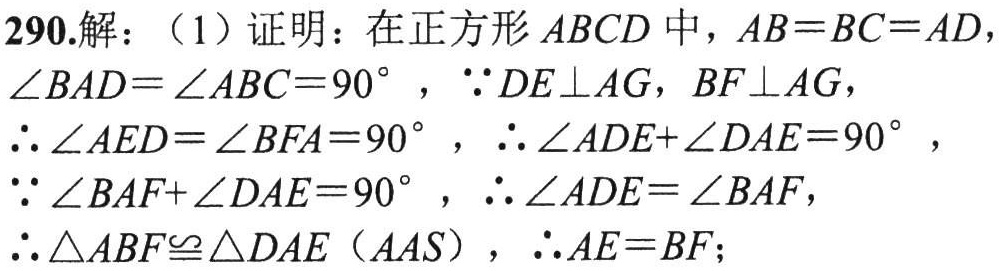
290.解：（1）证明：在正方形 \(ABCD\) 中，\(AB = BC = AD\)，\(\angle BAD=\angle ABC = 90^{\circ}\)，\(\because DE\perp AG\)，\(BF\perp AG\)，\(\therefore\angle AED=\angle BFA = 90^{\circ}\)，\(\therefore\angle ADE+\angle DAE = 90^{\circ}\)，\(\because\angle BAF+\angle DAE = 90^{\circ}\)，\(\therefore\angle ADE=\angle BAF\)，\(\therefore\triangle ABF\cong\triangle DAE\)（\(AAS\)），\(\therefore AE = BF\)；